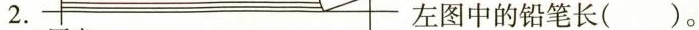
2. 左图中的铅笔长( )。